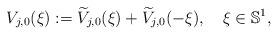
LaTeX: \begin{align*}V_{j,0}(\xi):=\widetilde{V}_{j,0}(\xi) + \widetilde{V}_{j,0}(-\xi), \quad\xi\in\mathbb{S}^1,\end{align*}